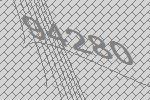
94280